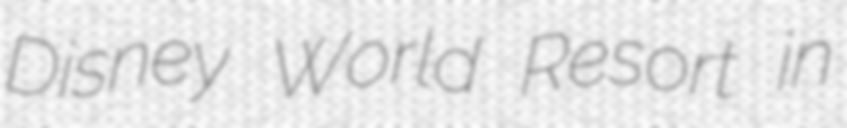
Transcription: Disney World Resort in